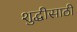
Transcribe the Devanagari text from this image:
शुद्धीसाठी